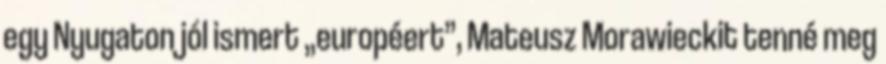
egy Nyugaton jól ismert „européert”, Mateusz Morawieckit tenné meg